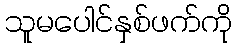
သူမပေါင်နှစ်ဖက်ကို